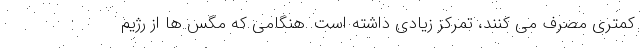
کمتری مصرف می کنند، تمرکز زیادی داشته است. هنگامی که مگس ها از رژیم